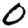
Digit: 0